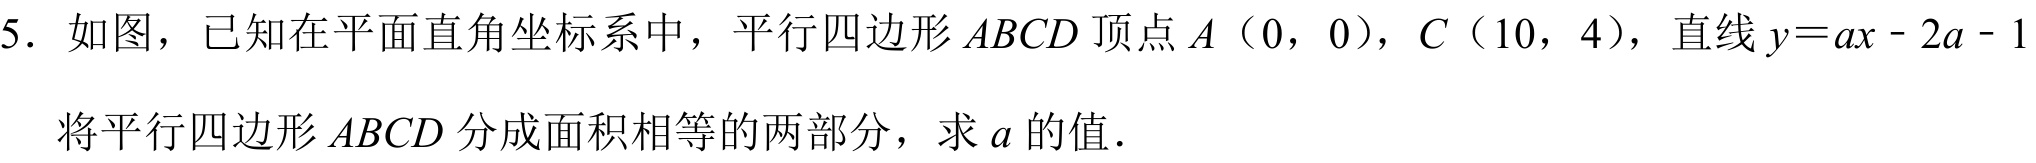
5. 如图，已知在平面直角坐标系中，平行四边形\(ABCD\)顶点\(A\)（0，0），\(C\)（10，4），直线\(y = ax - 2a - 1\)
将平行四边形\(ABCD\)分成面积相等的两部分，求\(a\)的值．